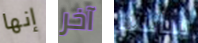
إنها آخر سانسا